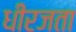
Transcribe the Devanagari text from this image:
धीरजता